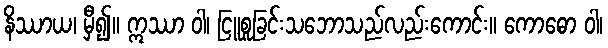
နိဿာယ၊ မှီ၍။ ဣဿာ ဝါ၊ ငြူစူခြင်းသဘောသည်လည်းကောင်း။ ကောဓော ဝါ၊